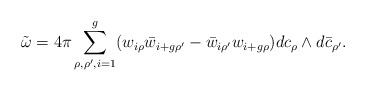
\begin{align*}\tilde{\omega} =4\pi \sum_{\rho ,\rho ',i=1}^{g}(w_{i \rho }{\bar{w}}_{i+g \rho'}-{\bar{w}}_{i \rho' }w_{i+g \rho}) dc_{\rho}\wedge d{\bar{c}}_{\rho '}.\end{align*}